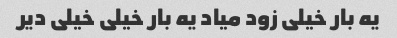
یه بار خیلی زود میاد یه بار خیلی خیلی دیر